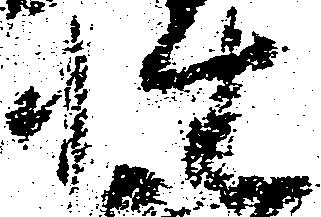
性